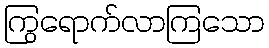
ကြွရောက်လာကြသော